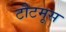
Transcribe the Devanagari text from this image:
टौटमूस